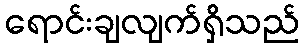
ရောင်းချလျက်ရှိသည်